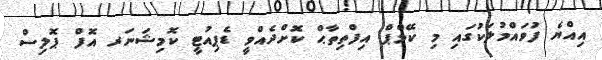
އިއްޔެ ފުވައްމުލަކުގައި މި ކޭމްޕް އިފްތިތާޙް ކޮށްދެއްވީ ޑެޕިއުޓީ ކޮމިޝަނަރ އޮފް ޕޮލިސް